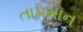
તાપમાન